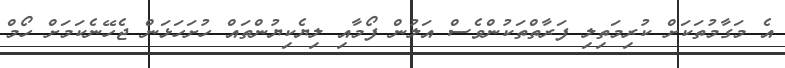
އެ މަގާމުތަކަށް ކުރިމަތިލި ފަރާތްތަކުންވެސް އަލުން ފޯމާއި ލިޔެކިޔުންތައް ހުށަހަޅަން ޖެހޭނެކަމަށް ހޯމް